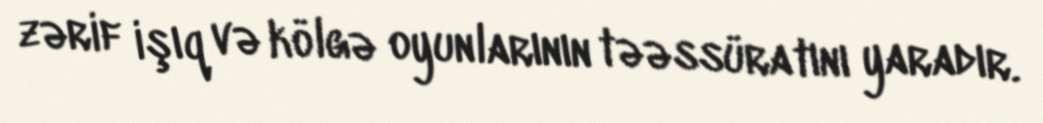
zərif işıq və kölgə oyunlarının təəssüratını yaradır.